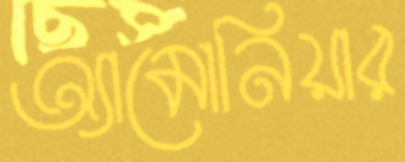
অ্যামোনিয়ার